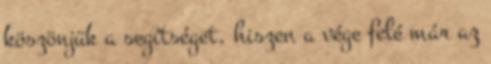
köszönjük a segítséget, hiszen a vége felé már az